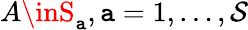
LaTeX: A\inS_{\mathtt{a}},\mathtt{a}=1,\ldots,\mathcal{{S}}